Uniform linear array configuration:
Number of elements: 64
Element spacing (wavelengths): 0.75
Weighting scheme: kaiser
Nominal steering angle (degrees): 30
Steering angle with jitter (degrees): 31.623
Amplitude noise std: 0.05
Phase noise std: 0.05

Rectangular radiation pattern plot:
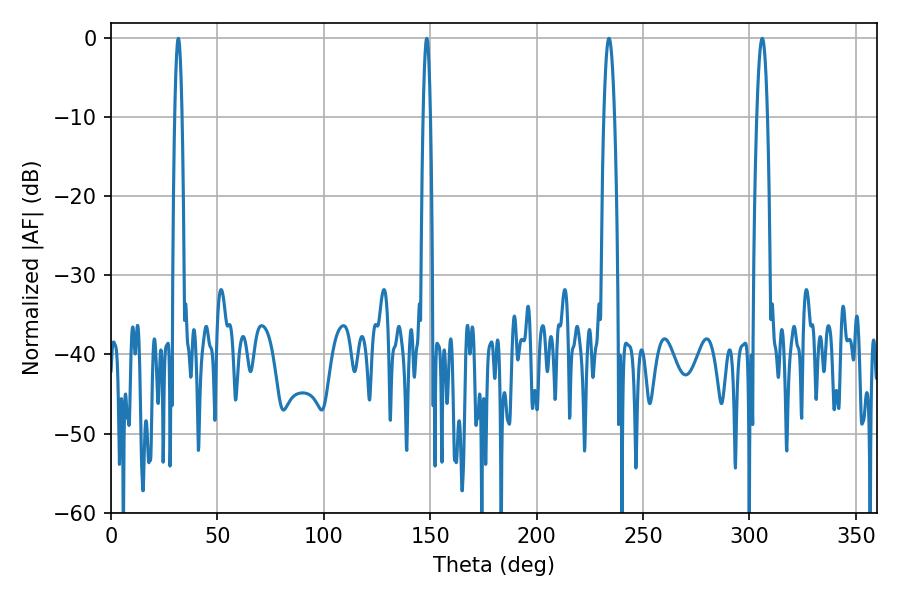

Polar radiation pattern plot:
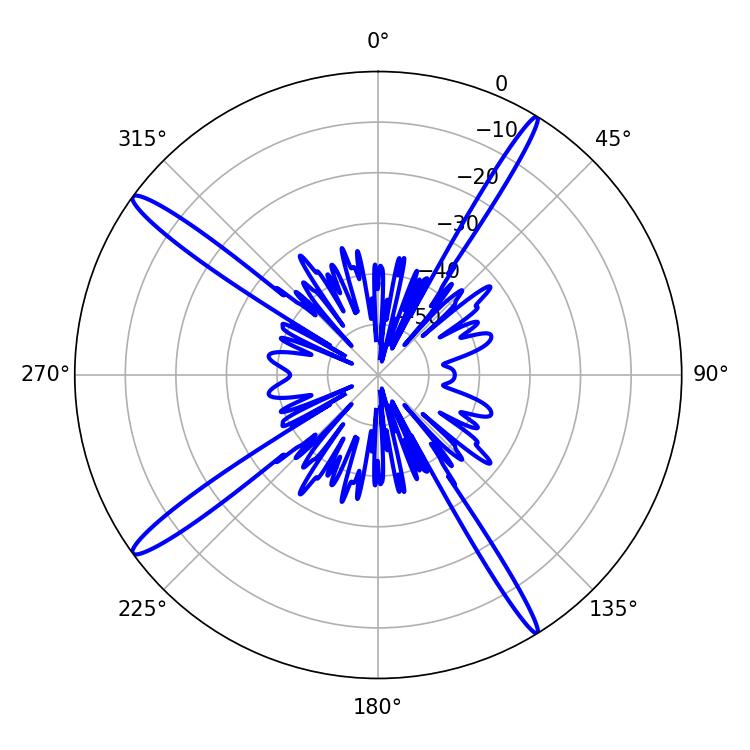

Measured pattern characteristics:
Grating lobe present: TRUE
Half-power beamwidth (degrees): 2.7
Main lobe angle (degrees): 234